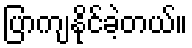
ပြာကျနိုင်ခဲ့တယ်။